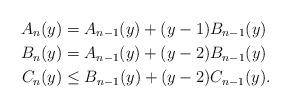
LaTeX: \begin{align*} A_n(y) & = A_{n-1}(y) + (y-1)B_{n-1}(y) \\ B_n(y) & = A_{n-1}(y) + (y-2)B_{n-1}(y) \\ C_n(y) & \le B_{n-1}(y) + (y-2)C_{n-1}(y). \end{align*}